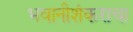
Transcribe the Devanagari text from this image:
भवानीशंकराचा